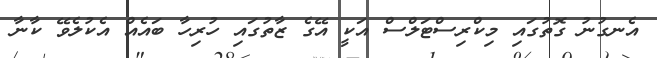
އެނގުނު ގޮތުގައި މިކްރިސްޓަލްސް އަކީ އޭގެ ޒާތުގައި ހުރިހާ ބައެއް އެކުލެވޭ ކާނާ